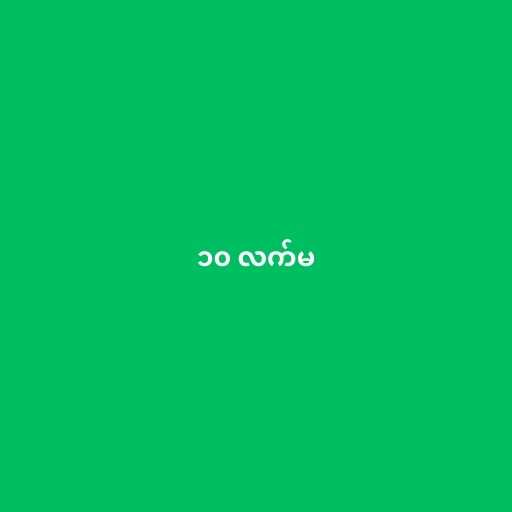
၁၀ လက်မ